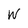
Character: W